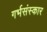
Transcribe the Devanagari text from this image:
गर्भसंस्कार